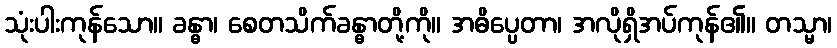
သုံးပါးကုန်သော။ ခန္ဓာ၊ စေတသိက်ခန္ဓာတို့ကို။ အဓိပ္ပေတာ၊ အလိုရှိအပ်ကုန်၏။ တသ္မာ၊